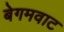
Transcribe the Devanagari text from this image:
बेगमवाट